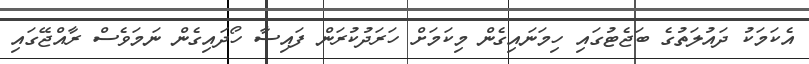
އެކަމަކު ދައުލަތުގެ ބަޖެޓުގައި ހިމަނައިގެން މިކަމަށް ހަރަދުކުރަން ފައިސާ ހޯދައިގެން ނަމަވެސް ރާއްޖޭގައި